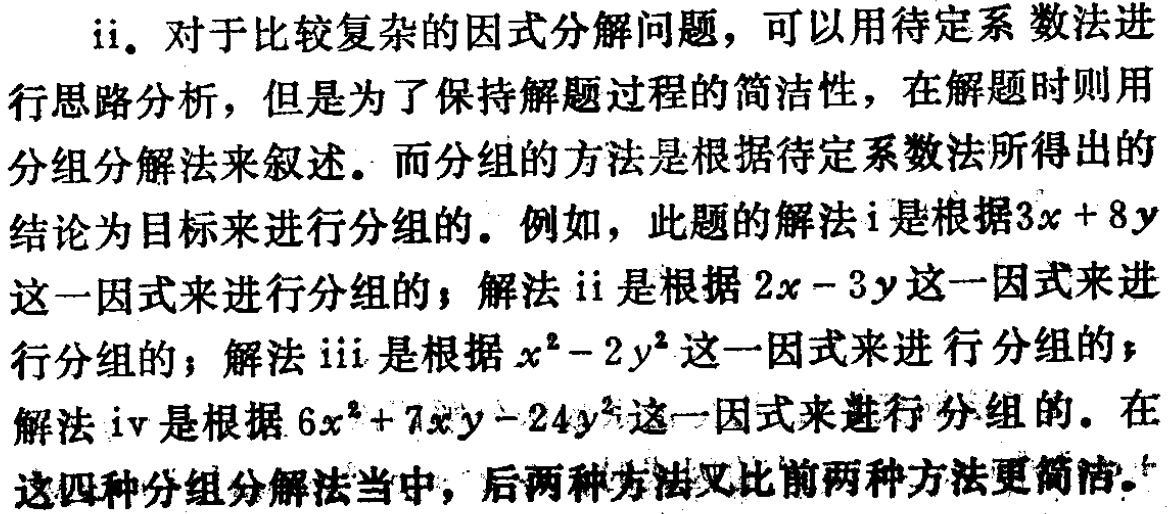
ii. 对于比较复杂的因式分解问题，可以用待定系数法进行思路分析，但是为了保持解题过程的简洁性，在解题时则用分组分解法来叙述。而分组的方法是根据待定系数法所得出的结论为目标来进行分组的。例如，此题的解法i是根据\(3x + 8y\)这一因式来进行分组的；解法ii是根据\(2x - 3y\)这一因式来进行分组的；解法iii是根据\(x^{2}-2y^{2}\)这一因式来进行分组的；解法iv是根据\(6x^{2}+7xy - 24y^{2}\)这一因式来进行分组的。在这四种分组分解法当中，后两种方法又比前两种方法更简洁。